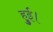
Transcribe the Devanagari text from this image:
हुुुुई।